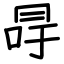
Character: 冔